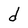
Character: d